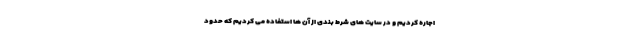
اجاره کردیم و در سایت های شرط بندی از آن ها استفاده می کردیم که حدود